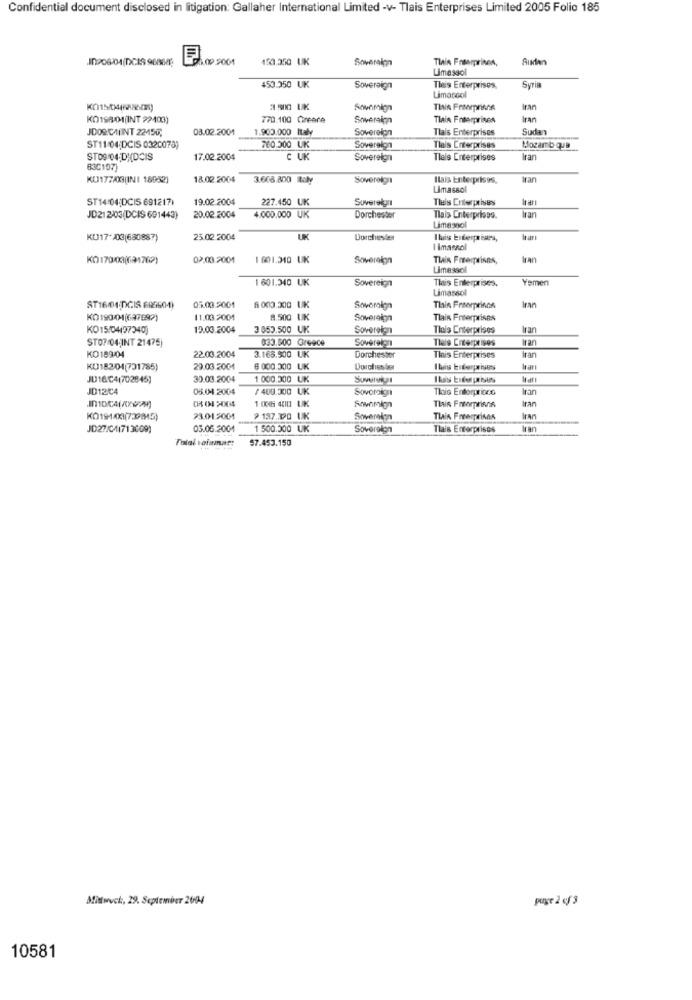
Confidential document disclosed in litigation: Gallaher International Limited -v- Tlais Enterprises Limited 2005 Folio 185
J0906/04/DCIS 968689
7100 2001
450.350 UK
Soveralyn
Tlain Faserprisen,
Limassol
453.950 UK
Sovereign
Theis Enterprises,
Syria
Limacool
3 500 UK
Animhign
Thin Freemprene
Iran
KO1980MINT 22409)
770.100 Creare
Soweraign
Tlain Fotorprises
Iran
JDORCAFINT 22450;
03.02.2001
1.900.000 Italy
Soverelon
Tlais Enterprises
Sudan
ST11/04;DCIS 0320078)
760.300 UK
Soverelon
Tlais Enterprises
Mozamb que
STO9 04;D)(DCIS
17.02.2004
C UK
Sovereign
Tleis Enterprises
Iran
63C107)
KUJ177/0X3(INI 18952)
18.02.2004
3.608.800 Italy
Sovereign
Ilais Enterprises,
Iran
Limassol
ST14:04:DCIS 691217)
19.02.2004
227.450 UK
Sovereign
Tleis Enterprises
Irarı
4.000.000 UK
JD212/03(DCIS 601443)
20.02.2004
Dorchester
nais Enterprises.
Limassol
Iran
25.02.2004
UK
Dorchester
limassol
KO170021(691769)
02.003.2001
1 601.310 UK
Sovereign
Tlain Freiprions,
Iran
Limassol
1 601.340 UK
Sovereign
This Enterprises.
Yemen
Limassol
ST16/04;DGIS 695504)
05.00.5001
6000.200 UK
Stworolga
Thain Fraseprince
KO 1900M1(647892)
11.03.2001
8.500 UK
Sovereign
Tlain Freerprises
KO15/04197340)
19.03.2004
3 853.500 UK
Sovereign
Tlais Enterprises
Iran
ST07/04;INT 21475)
033.800 Greece
Sovereign
Tleie Enterprises
Iran
22.03.2004
KO18904
3.165.500 UK
Dorchester
This Enterprises
Iran
KU18201(731785)
29.03.2004
6 000.300 UK
Dorchester
Ibuis biterprises
JU16/C4(702845)
30.03.2004
1 000.300 UK
JD12C4
05.04.2004
/408.300 UK
Sovoroign
This Entorprince
Iran
0 04 2004
1 006 400 UK
Iran
Thais Fromprison
KO1944X1(739845)
23.01.2001
9 137.390 UK
Tlain Freerprises
Iran
JD27/C41713009)
05.06.2001
1 500.300 UK
Sovereign
Tlais Enterprises
Iran
57.453.150
Mittwoch :, 29. September 2004
puge 2 cf 3
10581